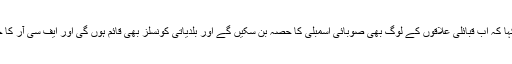
انھوں نے کہا کہ اب قبائلی علاقوں کے لوگ بھی صوبائی اسمبلی کا حصہ بن سکیں گے اور بلدیاتی کونسلز بھی قائم ہوں گی اور ایف سی آر کا خاتمہ ہو گا۔